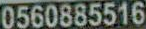
0560885516